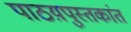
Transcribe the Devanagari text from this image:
पाठय़पुस्तकांत